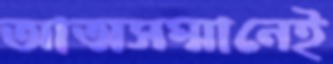
আত্মসম্মানেই